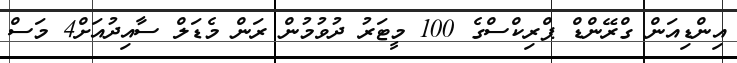
އިންޑިއަން ގްރޭންޑް ޕްރިކްސްގެ 100 މީޓަރު ދުވުމުން ރަން މެޑަލް ސާއިދުއަށް4 މަސް